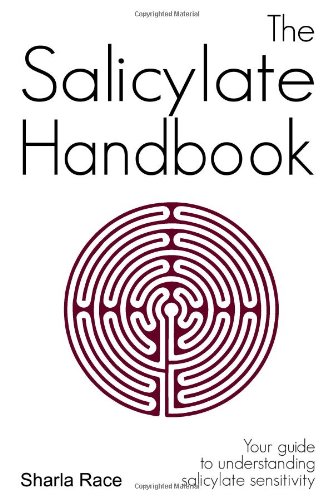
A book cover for The Salicylate Handbook: Your guide to understanding salicylate sensitivity; Sharla Race; Health, Fitness & Dieting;